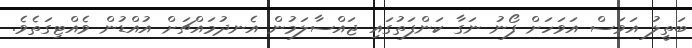
ބަތީލު އަވަސް އަވަހަށް ފޯނު ނަގާ ކަންފަތުގައި ޖައްސާލަމުން އެނދުމައްޗަށް އުއްޑުން ވެއްޓިގަތެވެ.